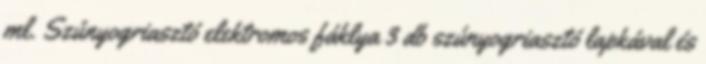
ml. Szúnyogriasztó elektromos fáklya 3 db szúnyogriasztó lapkával és